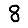
Digit: 8